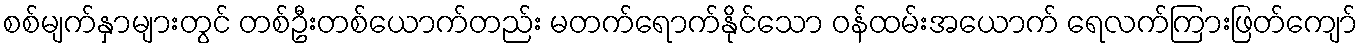
စစ်မျက်နှာများတွင် တစ်ဦးတစ်ယောက်တည်း မတက်ရောက်နိုင်သော ဝန်ထမ်းအယောက် ရေလက်ကြားဖြတ်ကျော်